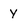
Character: y